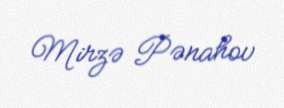
Mirzə Pənahov